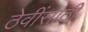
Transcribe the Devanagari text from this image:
ठेवींसाठी